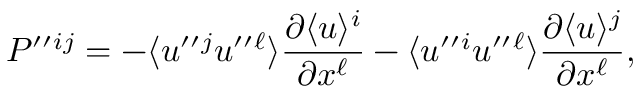
P ^ { \prime \prime } { } ^ { i j } = - \langle { u ^ { \prime \prime } { } ^ { j } u ^ { \prime \prime } { } ^ { \ell } } \rangle \frac { \partial \langle { u } \rangle ^ { i } } { \partial x ^ { \ell } } - \langle { u ^ { \prime \prime } { } ^ { i } u ^ { \prime \prime } { } ^ { \ell } } \rangle \frac { \partial \langle { u } \rangle ^ { j } } { \partial x ^ { \ell } } ,